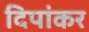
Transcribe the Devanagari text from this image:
दिपांकर